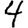
Digit: 4